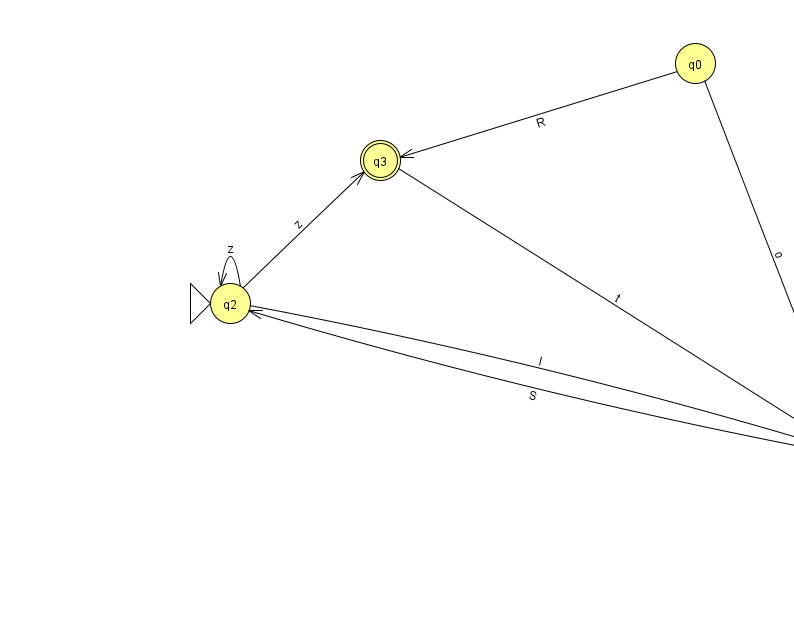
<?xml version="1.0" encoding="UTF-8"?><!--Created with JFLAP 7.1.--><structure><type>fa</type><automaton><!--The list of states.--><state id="0" name="q0"><x>695.0</x><y>50.0</y></state><state id="1" name="q1"><x>845.0</x><y>440.0</y></state><state id="2" name="q2"><x>230.0</x><y>290.0</y><initial/></state><state id="3" name="q3"><x>380.0</x><y>147.0</y><final/></state><!--The list of transitions.--><transition><from>3</from><to>1</to><read>t</read></transition><transition><from>0</from><to>3</to><read>R</read></transition><transition><from>1</from><to>2</to><read>S</read></transition><transition><from>2</from><to>1</to><read>l</read></transition><transition><from>0</from><to>1</to><read>o</read></transition><transition><from>2</from><to>2</to><read>z</read></transition><transition><from>2</from><to>3</to><read>z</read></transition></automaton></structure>